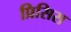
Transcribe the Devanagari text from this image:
प्रिसिस